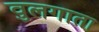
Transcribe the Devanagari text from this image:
वुलगाता